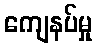
ကျေနပ်မှု